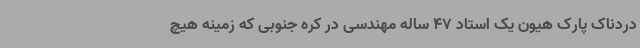
دردناک پارک هیون یک استاد 47 ساله مهندسی در کره جنوبی که زمینه هیچ